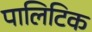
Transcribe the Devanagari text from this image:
पालिटिक